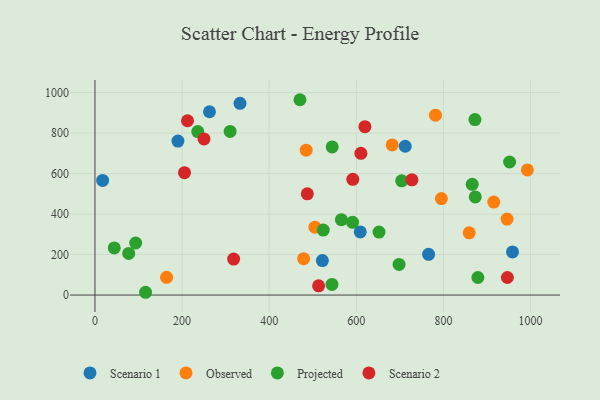
{"axis": {"x": "Investment", "y": "Rating"}, "legend": ["Observed", "Projected", "Scenario 1", "Scenario 2"], "data": [{"x": "190.5", "y": 760.6, "type": "Scenario 1"}, {"x": "712.3", "y": 735.0, "type": "Scenario 1"}, {"x": "262.9", "y": 905.4, "type": "Scenario 1"}, {"x": "765.9", "y": 201.0, "type": "Scenario 1"}, {"x": "958.5", "y": 212.9, "type": "Scenario 1"}, {"x": "17.6", "y": 566.1, "type": "Scenario 1"}, {"x": "609.1", "y": 311.6, "type": "Scenario 1"}, {"x": "522.1", "y": 170.2, "type": "Scenario 1"}, {"x": "333.0", "y": 947.1, "type": "Scenario 1"}, {"x": "992.7", "y": 617.9, "type": "Observed"}, {"x": "859.1", "y": 307.4, "type": "Observed"}, {"x": "479.0", "y": 179.6, "type": "Observed"}, {"x": "946.1", "y": 375.3, "type": "Observed"}, {"x": "505.0", "y": 335.5, "type": "Observed"}, {"x": "164.4", "y": 87.5, "type": "Observed"}, {"x": "795.3", "y": 476.6, "type": "Observed"}, {"x": "915.6", "y": 459.2, "type": "Observed"}, {"x": "484.8", "y": 715.5, "type": "Observed"}, {"x": "781.7", "y": 888.4, "type": "Observed"}, {"x": "682.3", "y": 741.4, "type": "Observed"}, {"x": "236.0", "y": 807.7, "type": "Projected"}, {"x": "544.6", "y": 731.8, "type": "Projected"}, {"x": "77.5", "y": 205.7, "type": "Projected"}, {"x": "565.7", "y": 372.5, "type": "Projected"}, {"x": "591.4", "y": 359.0, "type": "Projected"}, {"x": "524.1", "y": 320.9, "type": "Projected"}, {"x": "698.1", "y": 151.5, "type": "Projected"}, {"x": "93.5", "y": 257.0, "type": "Projected"}, {"x": "310.3", "y": 808.3, "type": "Projected"}, {"x": "879.1", "y": 86.8, "type": "Projected"}, {"x": "44.3", "y": 232.6, "type": "Projected"}, {"x": "544.1", "y": 52.4, "type": "Projected"}, {"x": "652.1", "y": 311.1, "type": "Projected"}, {"x": "866.0", "y": 547.0, "type": "Projected"}, {"x": "470.6", "y": 964.8, "type": "Projected"}, {"x": "116.2", "y": 13.7, "type": "Projected"}, {"x": "873.1", "y": 484.8, "type": "Projected"}, {"x": "872.3", "y": 866.7, "type": "Projected"}, {"x": "951.9", "y": 657.3, "type": "Projected"}, {"x": "704.2", "y": 564.3, "type": "Projected"}, {"x": "212.5", "y": 860.9, "type": "Scenario 2"}, {"x": "318.4", "y": 177.8, "type": "Scenario 2"}, {"x": "513.4", "y": 45.8, "type": "Scenario 2"}, {"x": "250.4", "y": 771.2, "type": "Scenario 2"}, {"x": "487.5", "y": 500.0, "type": "Scenario 2"}, {"x": "727.7", "y": 569.2, "type": "Scenario 2"}, {"x": "205.6", "y": 604.3, "type": "Scenario 2"}, {"x": "619.7", "y": 831.5, "type": "Scenario 2"}, {"x": "591.9", "y": 571.8, "type": "Scenario 2"}, {"x": "946.8", "y": 86.6, "type": "Scenario 2"}, {"x": "610.5", "y": 700.0, "type": "Scenario 2"}]}